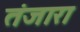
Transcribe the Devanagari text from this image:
तंजारा